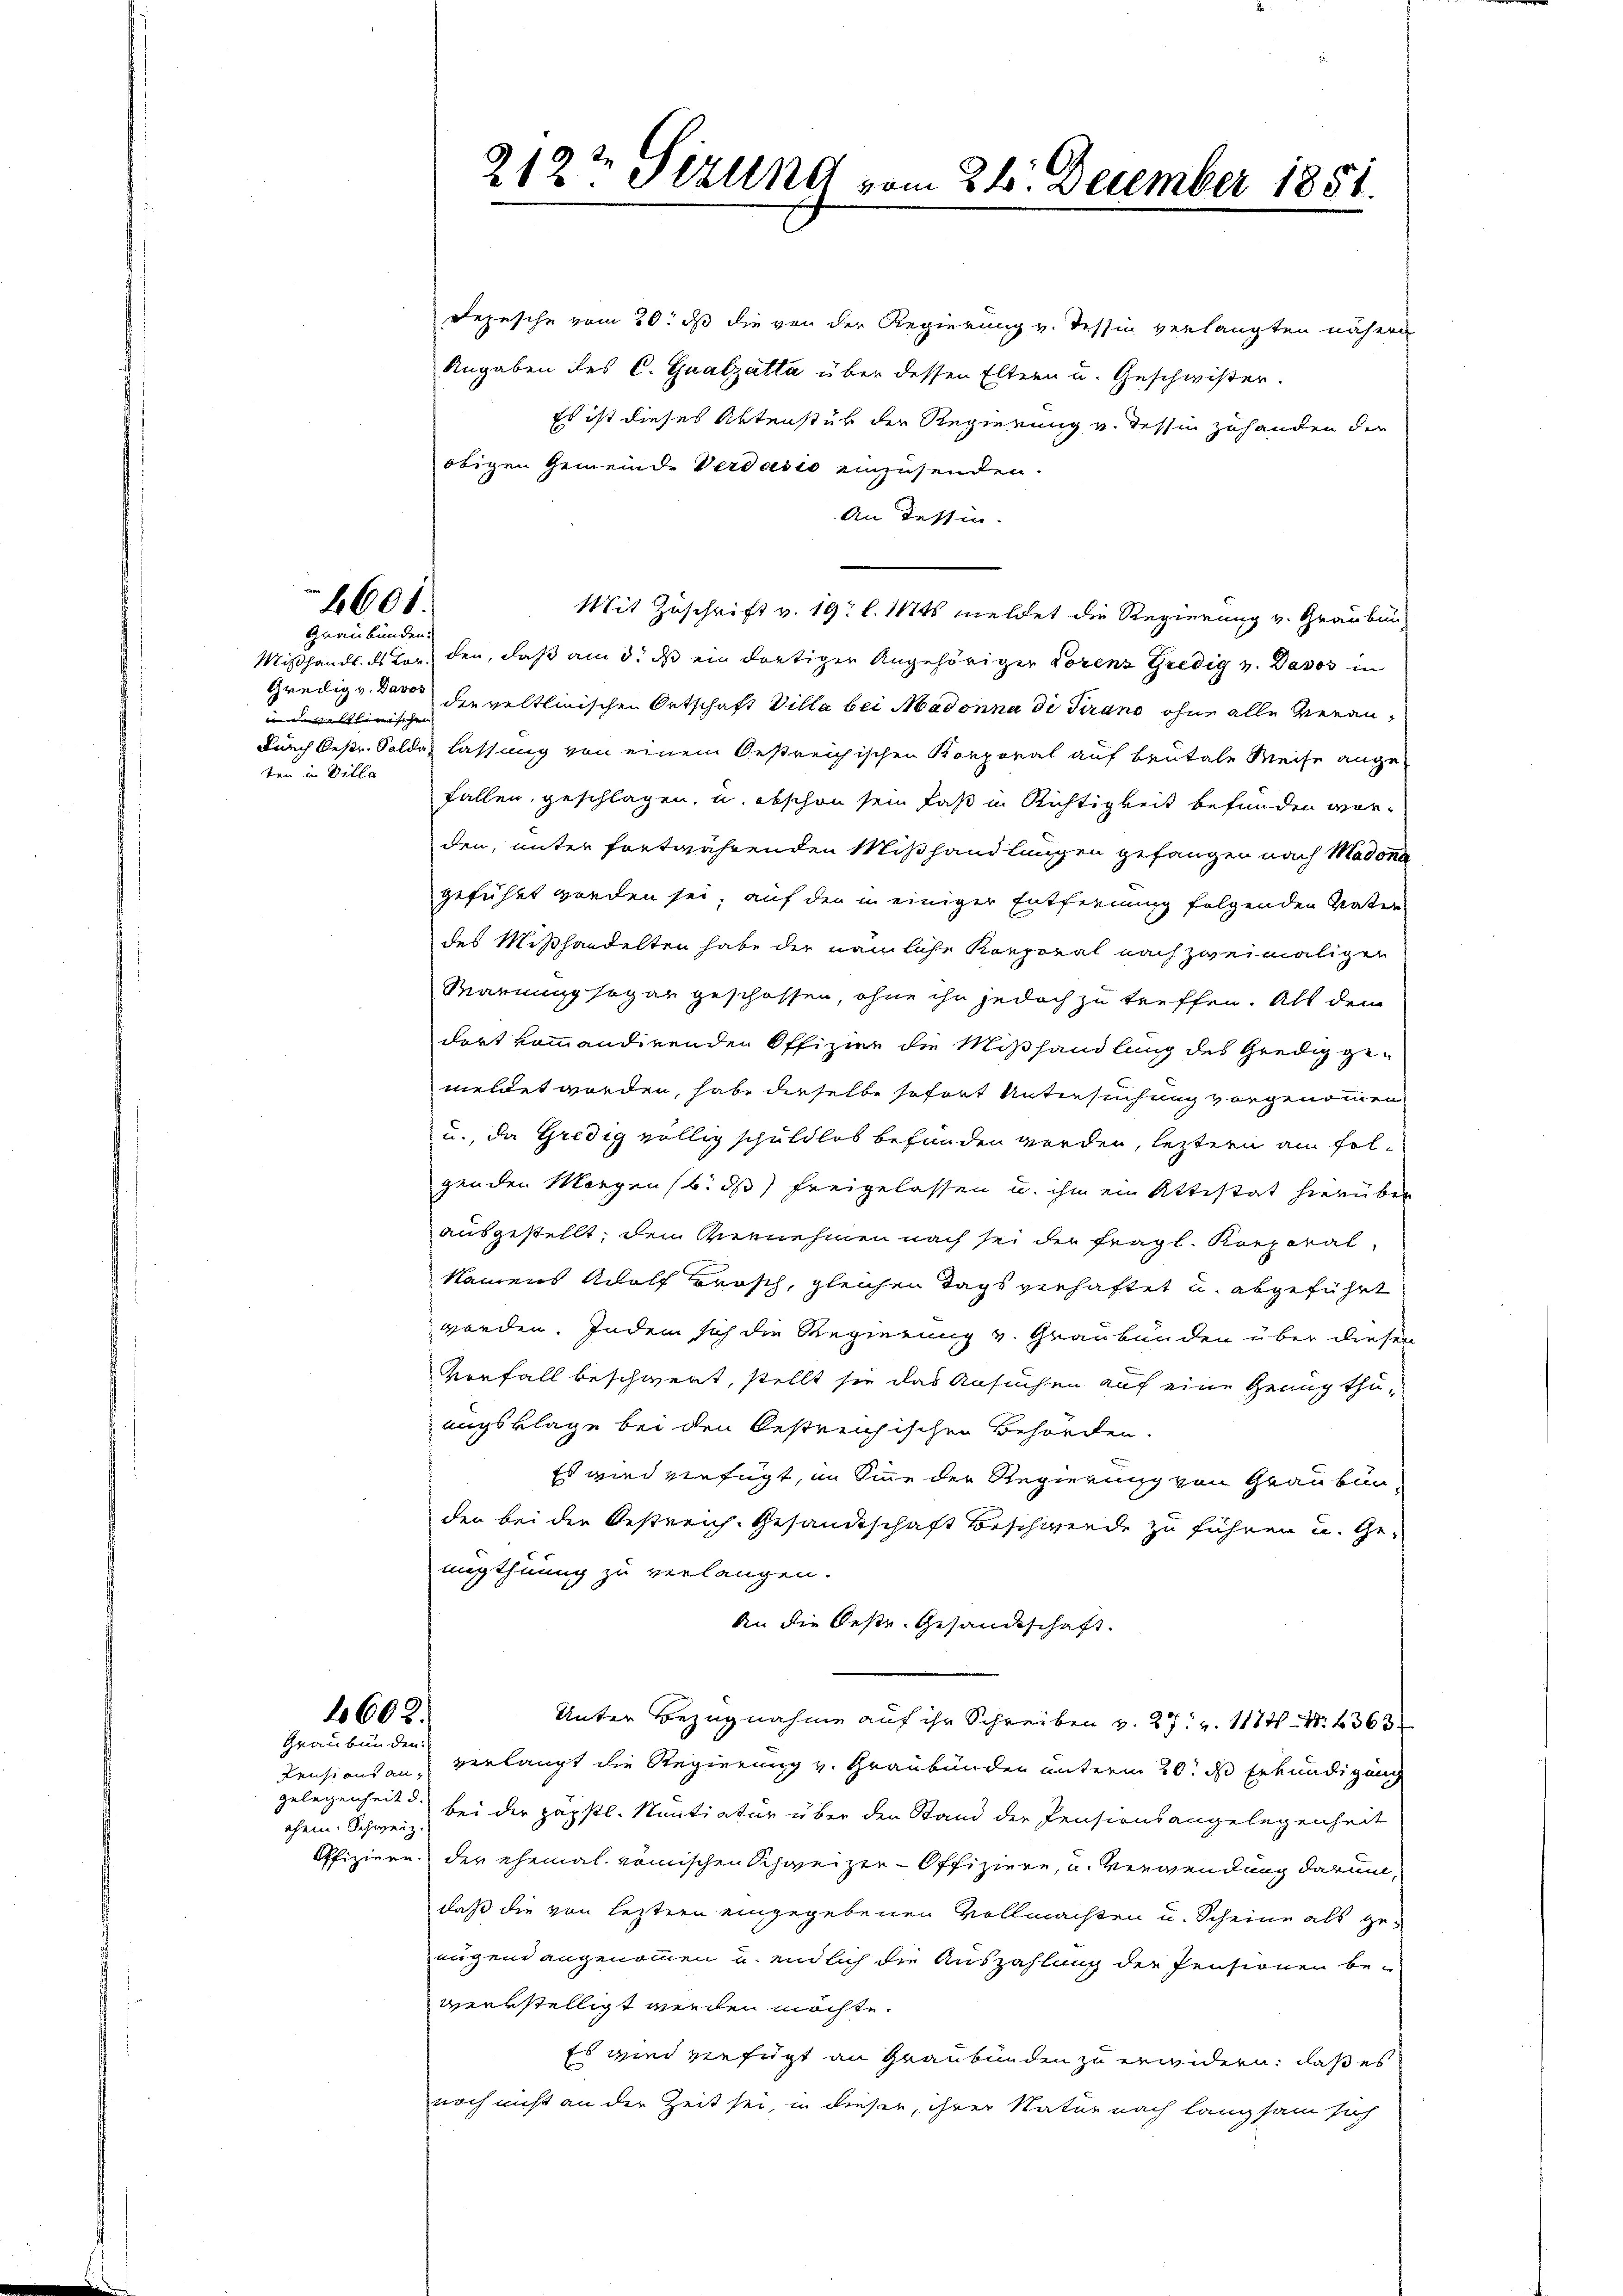
4601.

Graubünden.
in dasellinischen |
ten in Villa

1602.
Graubünden

ehem. Schweiz.

212t Sizung vom 24. December 1851.

Depesche vom 20. ds die von der Regierung v. Tessin verlangten nähere
Angaben des C. Gualzatta über dessen Eltern u. Geschwister.
Es ist dieses Aktenstük der Regierung v. Tessin zuhanden der
obigen Gemeinde Verdadio einzusenden.
An Tessin.
Mißhands ds Vor den, daß am 3. ds ein dortiger Angehöriger Lorenz Gredig v. Davos in
gredig u. dass develtlinischen Ortschaft Villa bei Madonna di Pirano ohne alle Veran¬
Durch bestr. Solda, lassung von einem Oestreichischen Korporal auf brutale Weise angefallen, geschlagen, u. abschon sein daß in Richtigkeit befunden worden, unter fortwährenden Mißhandlungen gefangen nach Madonn
gefühlt worden sei, auf den in einiger Entfernung folgenden Vater
des Mißhandelten habe der nämliche Korporat nach zweimaligen
Marnung sogar geschossen, ohne ihn jedoch zu treffen. Als dem
dort kommandirenden Offizier die Mißhandlung des Gredig ge-
meldet worden, habe derselbe sofort Untersuchung vorgenommen
u., da Gredig völlig schuldlos befanden werden, leztern am folgenden Morgensbids freigelassen u. ihm ein Attestat hierüber
ausgestellt; dem Vernehmen nach sei der fragl. Korporat
Namens Adolf Brosch, gleichen Tags verhaftet u. abgeführt
werden. Indem sich die Regierung v. Graubünden über diesen
Vorfall beschwert, stellt sie das Ansuchen auf eine Genug thuuugsklage bei den bestreichischen Behörden.
Es wird verfügt, im Sinne der Regierung von Graubünden bei die Bestreich-Gesandtschaft Beschwerde zu führen u. Ge-
nugthuung zu verlangen.
An die beste Gesandtschaft.
Unter Bezugnahme auf ihr Schreiben v. 27. v. 118. No. 4363
Pensionsan, verlangt die Regierung v. Graubünden unterm 20. ds Erkundigung
gelegenheit d. bei der päpstl. Sentiatur über den Stand der Pensionsangelegenheit
Offiziere. Der ehemal römischen Schweizer-Offiziere, u. Verwendung darum,
daß die von leztern eingegebenen Vollmachten u. Scheine als genügend angenommen u. endlich die Auszahlung der Pensionen bewerkstelligt werden möchte.
Es wird verfügt an Graubünden zu erwidern, daß es
noch nicht an der Zeit sei, in dieser, ihrer Natur nach langsam sich

Mit Zuschrift v. 19 l. Mts. meldet die Regierung v. Graubun¬